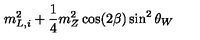
m _ { L , i } ^ { 2 } + \frac { 1 } { 4 } m _ { Z } ^ { 2 } \cos ( 2 \beta ) \sin ^ { 2 } \theta _ { W }